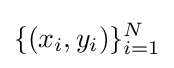
\{(x_{i},y_{i})\}_{i=1}^{N}